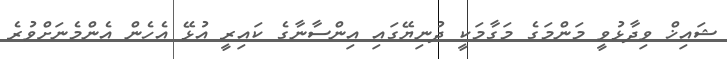
ޝައިޚް ވިދާޅުވީ މަންމަގެ މަގާމަކީ ދުނިޔޭގައި އިންސާނާގެ ކައިރީ އުޅޭ އެހެން އެންމެނަށްވުރެ